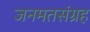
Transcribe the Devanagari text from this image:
जनमतसंग्रह